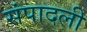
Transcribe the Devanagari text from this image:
संपादली